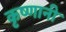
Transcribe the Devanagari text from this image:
कृष्णानी